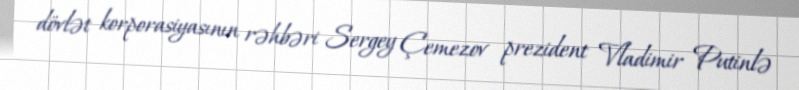
dövlət korporasiyasının rəhbəri Sergey Çemezov prezident Vladimir Putinlə